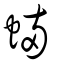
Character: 蜽